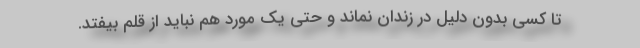
تا کسی بدون دلیل در زندان نماند و حتی یک مورد هم نباید از قلم بیفتد.